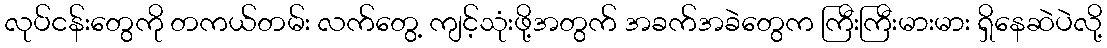
လုပ်ငန်းတွေကို တကယ်တမ်း လက်တွေ့ ကျင့်သုံးဖို့အတွက် အခက်အခဲတွေက ကြီးကြီးမားမား ရှိနေဆဲပဲလို့